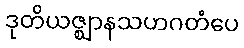
ဒုတိယဇ္ဈာနသဟဂတံပေ